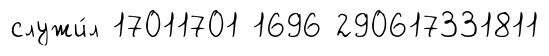
служи́л 17011701 1696 290617331811